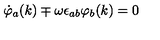
\dot { \varphi } _ { a } ( k ) \mp \omega \epsilon _ { a b } \varphi _ { b } ( k ) = 0